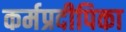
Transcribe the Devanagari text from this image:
कर्मप्रदीपिका